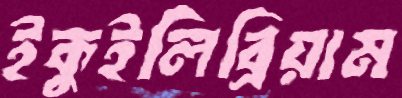
ইকুইলিব্রিয়াম